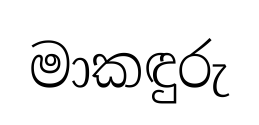
මාකඳුරු